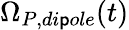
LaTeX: \Omega_{P,di\mathsf{p}ole}(t)